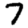
Digit: 7